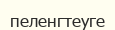
пеленгтеуге